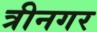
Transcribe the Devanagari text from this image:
त्रीनगर